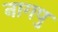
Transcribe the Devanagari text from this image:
नागपु